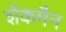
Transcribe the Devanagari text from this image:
शेंकमैन